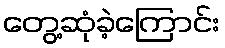
တွေ့ဆုံခဲ့ကြောင်း